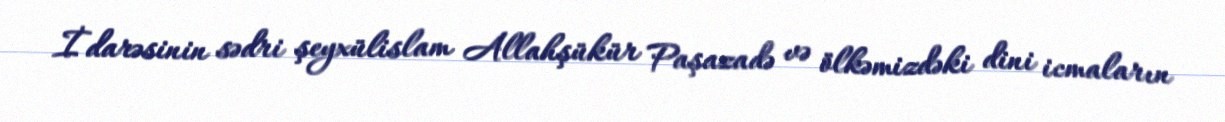
İdarəsinin sədri şeyxülislam Allahşükür Paşazadə və ölkəmizdəki dini icmaların